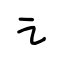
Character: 讠